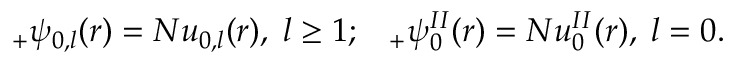
_ { + } \psi _ { 0 , l } ( r ) = N u _ { 0 , l } ( r ) { } , \; l \geq 1 ; \; \; \; _ { + } \psi _ { 0 } ^ { I I } ( r ) = N u _ { 0 } ^ { I I } ( r ) { } , \; l = 0 .